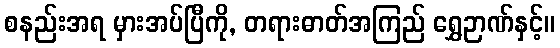
စနည်းအရ မှားအပ်ပြီကို, တရားဓာတ်အကြည် ရွှေဉာဏ်နှင့်။